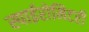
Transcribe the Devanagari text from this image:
स्पाईरोमिटरी